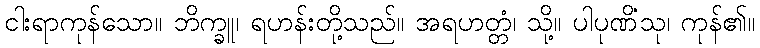
ငါးရာကုန်သော။ ဘိက္ခူ၊ ရဟန်းတို့သည်။ အရဟတ္တံ၊ သို့။ ပါပုဏိံသု၊ ကုန်၏။